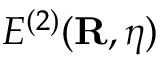
E ^ { ( 2 ) } ( { \bf R } , { \boldsymbol \eta } )